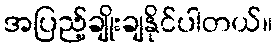
အပြည့်ချိုးချနိုင်ပါတယ်။